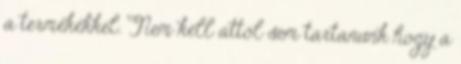
a termékekkel. Nem kell attól sem tartanunk hogy a